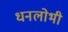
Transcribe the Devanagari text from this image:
धनलोभी